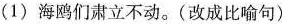
(1)海鸥们肃立不动。(改成比喻句)